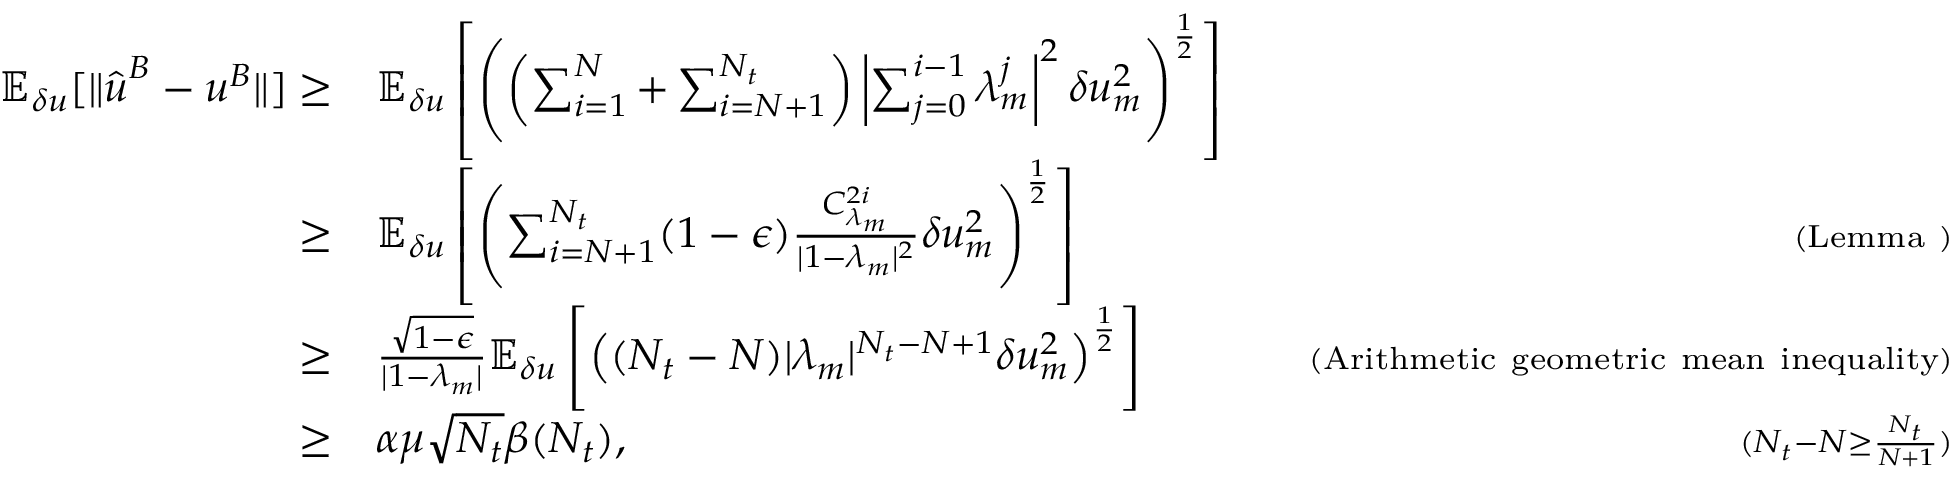
\begin{array} { r l r } { \mathbb { E } _ { \delta u } [ \| \hat { \boldsymbol { u } } ^ { B } - \boldsymbol { u } ^ { B } \| ] \ge } & { \mathbb { E } _ { \delta u } \left[ \left( \left( \sum _ { i = 1 } ^ { N } + \sum _ { i = N + 1 } ^ { N _ { t } } \right) \left| \sum _ { j = 0 } ^ { i - 1 } \lambda _ { m } ^ { j } \right| ^ { 2 } \delta u _ { m } ^ { 2 } \right) ^ { \frac { 1 } { 2 } } \right] } & \\ { \ge } & { \mathbb { E } _ { \delta u } \left[ \left( \sum _ { i = N + 1 } ^ { N _ { t } } ( 1 - \epsilon ) \frac { C _ { \lambda _ { m } } ^ { 2 i } } { | 1 - \lambda _ { m } | ^ { 2 } } \delta u _ { m } ^ { 2 } \right) ^ { \frac { 1 } { 2 } } \right] } & { \quad { \scriptstyle ( \mathrm { L e m m a ~ } ) } } \\ { \ge } & { \frac { \sqrt { 1 - \epsilon } } { | 1 - \lambda _ { m } | } \mathbb { E } _ { \delta u } \left[ \left( ( N _ { t } - N ) | \lambda _ { m } | ^ { N _ { t } - N + 1 } \delta u _ { m } ^ { 2 } \right) ^ { \frac { 1 } { 2 } } \right] } & { \quad { \scriptstyle ( \mathrm { A r i t h m e t i c ~ g e o m e t r i c ~ m e a n ~ i n e q u a l i t y } ) } } \\ { \ge } & { \alpha \mu \sqrt { N _ { t } } \beta ( N _ { t } ) , } & { \quad { \scriptstyle ( N _ { t } - N \ge \frac { N _ { t } } { N + 1 } ) } } \end{array}